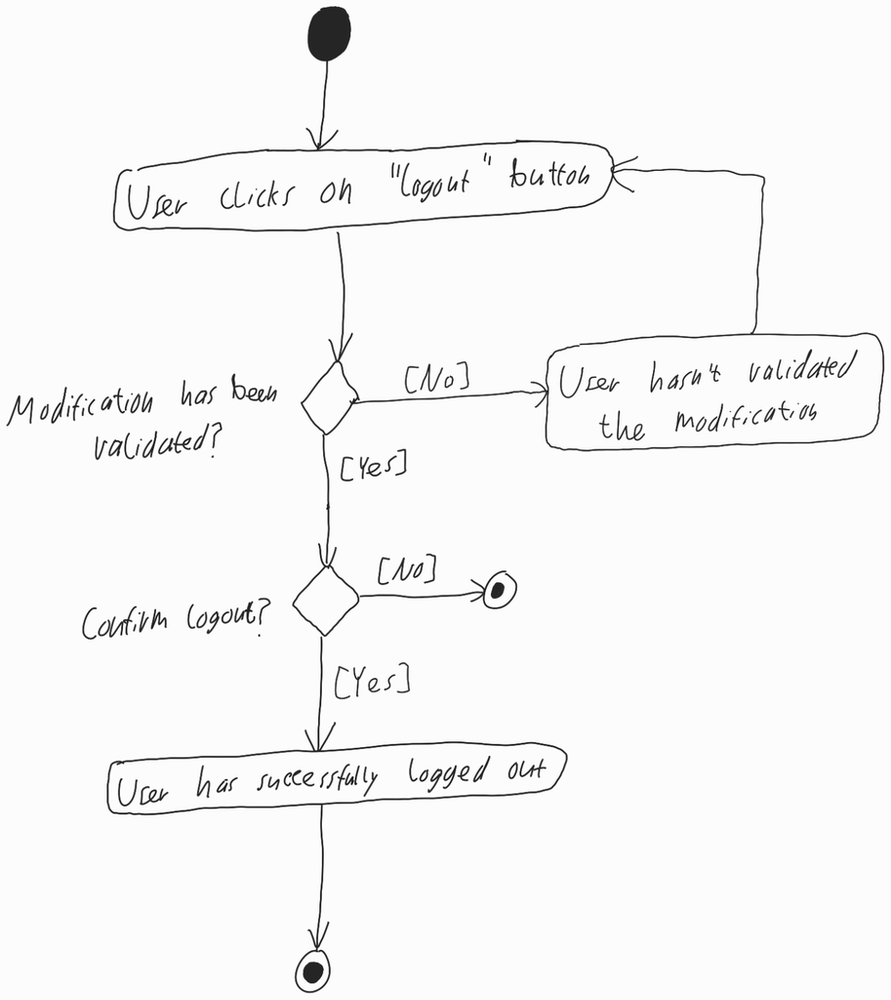
Diagram type: activity_diagram
```plantuml
@startuml

start

repeat:User clicks on "logout" button;

backward: User hasn't validated the modification;

repeat while (Modification has been validated?) is ([No]) not ([Yes])

if (Confirm logout?) then ([No])
  stop
else ([Yes])
  :User has successfully logged out;
  stop
endif

@enduml
```